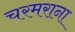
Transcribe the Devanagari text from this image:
चरमराना